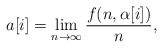
\begin{align*}a[i]=\lim_{n \to \infty}\frac{f(n,\alpha[i])}{n},\end{align*}